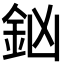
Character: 𨥍